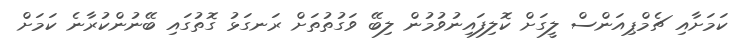
ކަމަށާއި ޗެމްޕިއަންސް ލީގަށް ކޮލިފައިނުވުމުން ލިބޭ ވަގުތުތަށް ރަނގަޅު ގޮތުގައި ބޭނުންކުރާނެ ކަމަށް